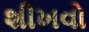
શીખવો